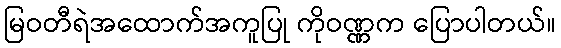
မြဝတီရဲအထောက်အကူပြု ကိုဝဏ္ဏက ပြောပါတယ်။